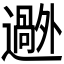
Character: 𬩟